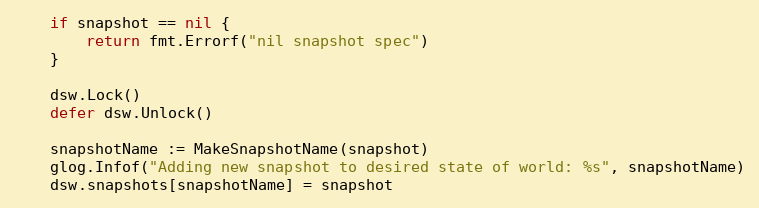
Language: Go
	if snapshot == nil {
		return fmt.Errorf("nil snapshot spec")
	}

	dsw.Lock()
	defer dsw.Unlock()

	snapshotName := MakeSnapshotName(snapshot)
	glog.Infof("Adding new snapshot to desired state of world: %s", snapshotName)
	dsw.snapshots[snapshotName] = snapshot